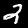
Label: 2